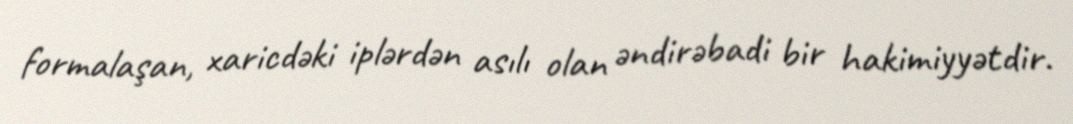
formalaşan, xaricdəki iplərdən asılı olan əndirəbadi bir hakimiyyətdir.